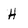
Character: H